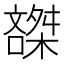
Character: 𰈽